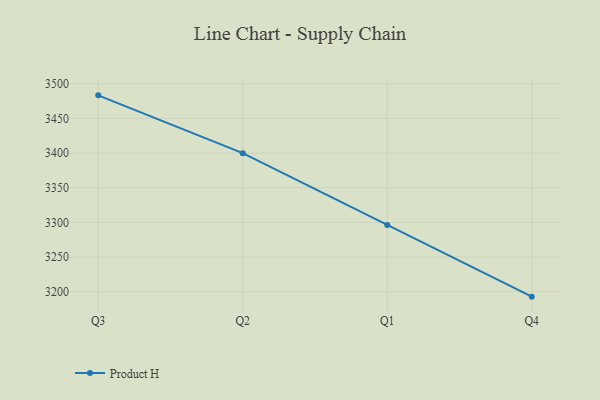
{"axis": {"x": "Quarter", "y": "Energy Usage (MWh)"}, "legend": ["Product H"], "data": [{"x": "Q3", "y": 3483.2, "type": "Product H"}, {"x": "Q2", "y": 3399.8, "type": "Product H"}, {"x": "Q1", "y": 3296.4, "type": "Product H"}, {"x": "Q4", "y": 3192.9, "type": "Product H"}]}